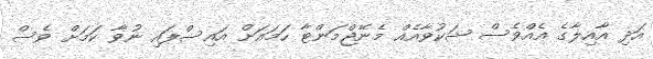
އަދި އާއިލާގެ އެއްވެސް ޝަކުވާއެއް މެނޭޖްމަންޓާ ހަމައަށް އައިސްފައި ނުވާ ކަމަށް ވެސް